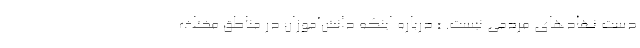
دست نهادهای مردمی نیست. » درباره اینکه دانش‌آموزان در مناطق مختلف